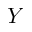
Y